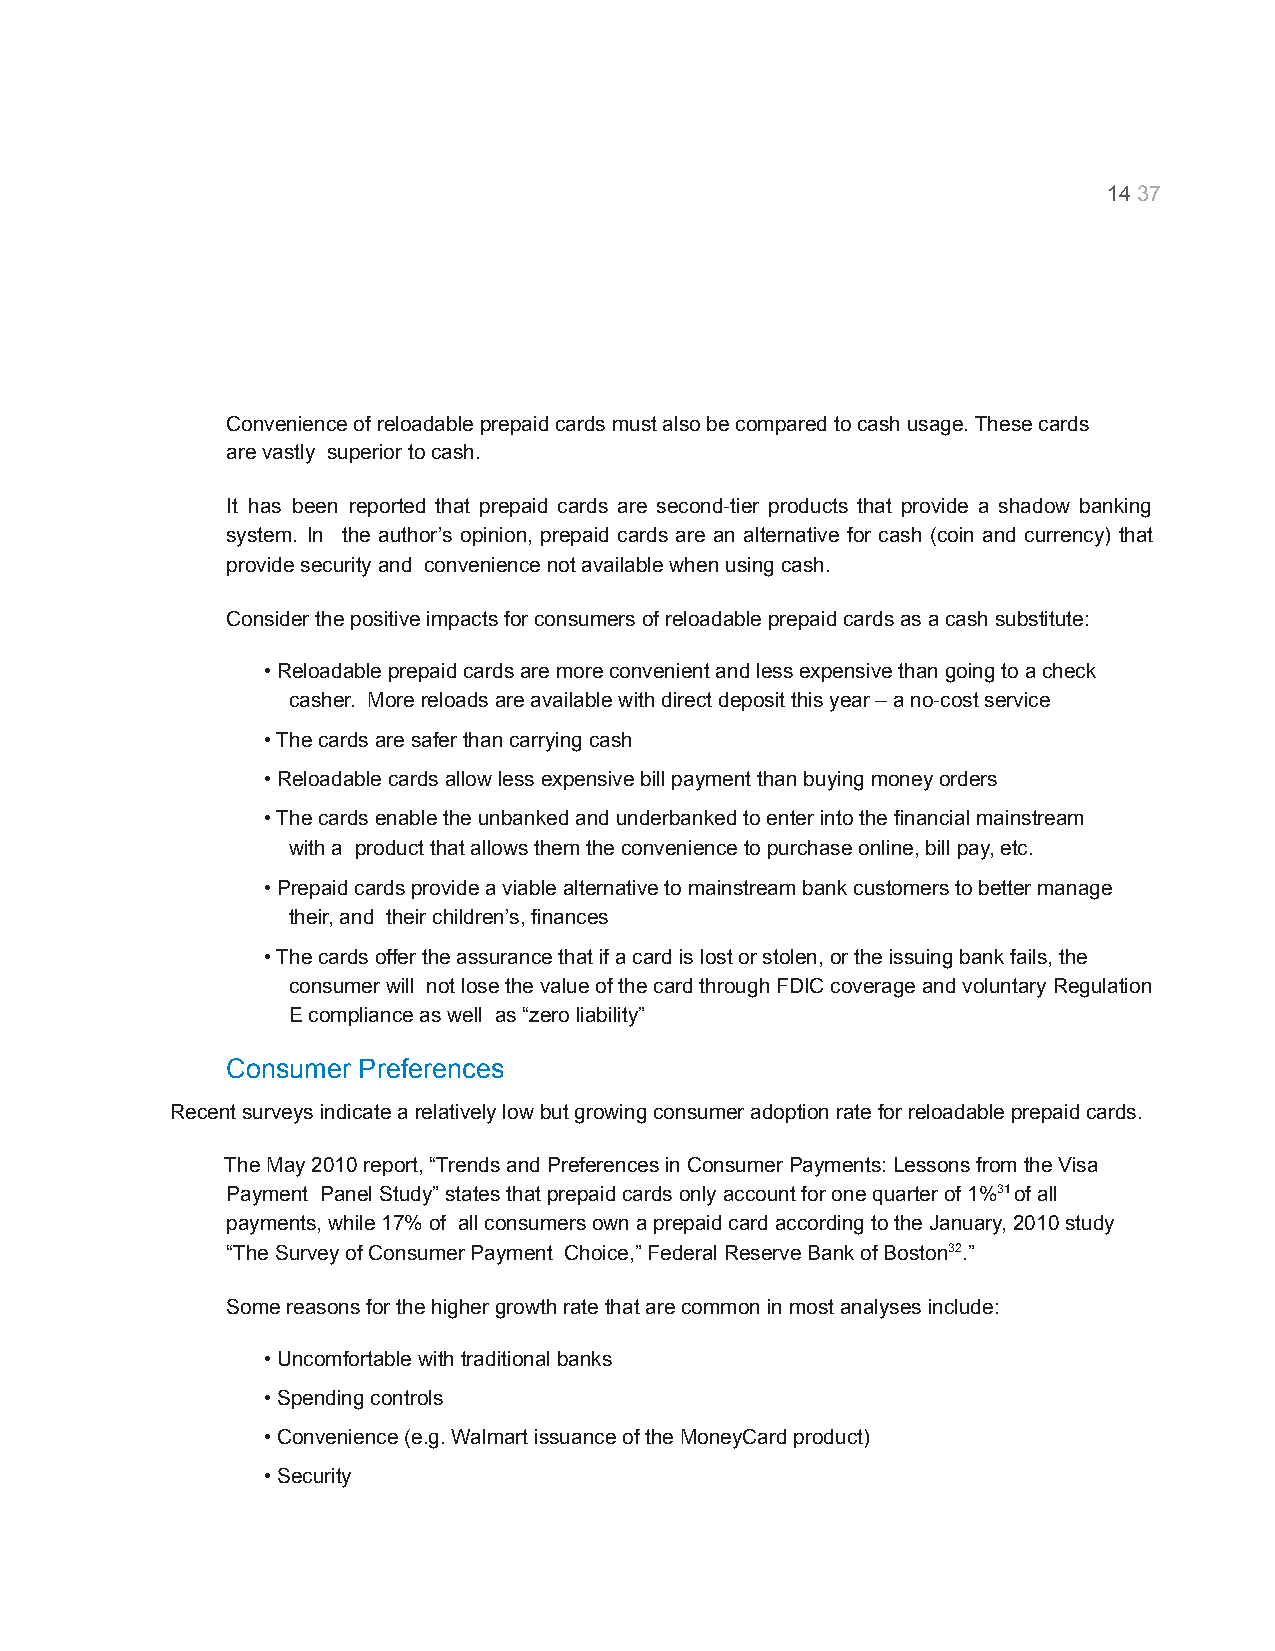
1437
 RELOADABLE PREPAID CARD ANALYSIS
 MARCH, 2011
 BRETTON WOODS, INC.
 Convenience of reloadable prepaid cards must alsobe compared to cash usage. These cards
 are vastly superior to cash.
 It has been reported that prepaid cards are second-tier products that provide a shadow banking
 system. In the author’s opinion, prepaid cards are an alternative for cash (coin and currency) that
 provide security and convenience not available whenusing cash.
 Consider the positive impacts for consumers of reloadableprepaid cards as a cash substitute:
 • Reloadable prepaid cards are more convenient andless expensive than going to a check
 casher. More reloads are available with direct depositthis year – a no-cost service
 • The cards are safer than carrying cash
 • Reloadable cards allow less expensive bill paymentthan buying money orders
 • The cards enable the unbanked and underbanked toenter into the financial mainstream
 with a product that allows them the convenience topurchase online, bill pay, etc.
 • Prepaid cards provide a viable alternative to mainstreambank customers to better manage
 their, and their children’s, finances
 • The cards offer the assurance that if a card islost or stolen, or the issuing bank fails, the
 consumer will not lose the value of the card throughFDIC coverage and voluntary Regulation
 E compliance as well as “zero liability”
 Consumer Preferences
 Recent surveys indicate a relatively low but growingconsumer adoption rate for reloadable prepaid cards.
 The May 2010 report, “Trends and Preferences in ConsumerPayments: Lessons from the Visa
 Payment Panel Study” states that prepaid cards onlyaccount for one quarter of 1%31of all
 payments, while 17% of all consumers own a prepaidcard according to the January, 2010 study
 “The Survey of Consumer Payment Choice,” FederalReserve Bank of Boston32.”
 Some reasons for the higher growth rate that are commonin most analyses include:
 • Uncomfortable with traditional banks
 • Spending controls
 • Convenience (e.g. Walmart issuance of the MoneyCardproduct)
 • Security